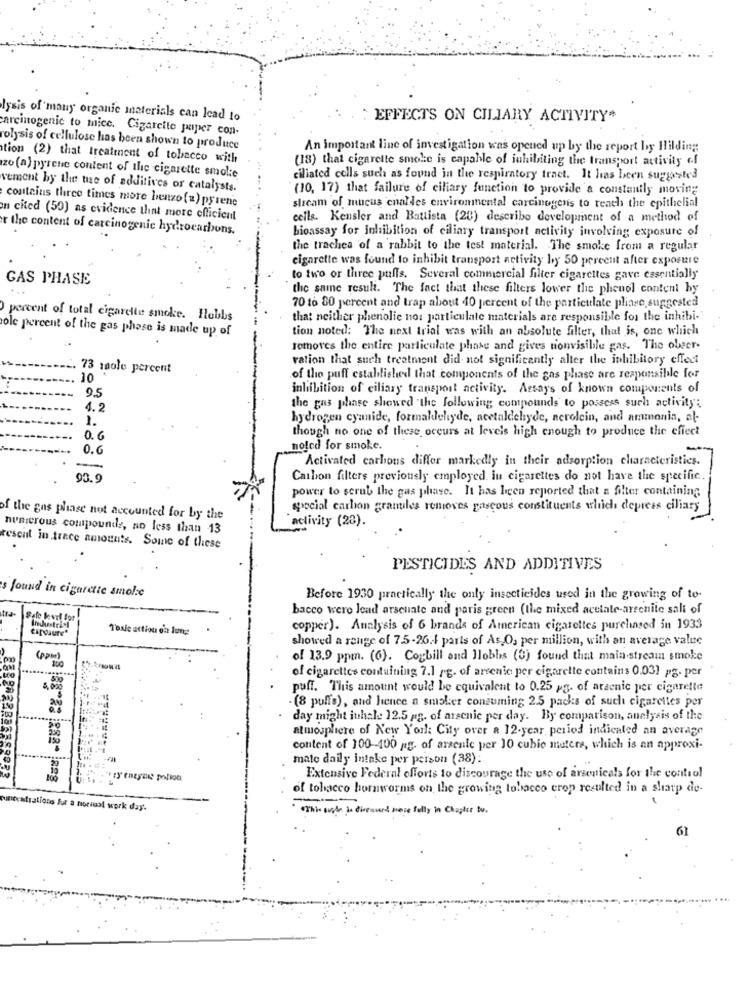
lysis of many organic materials can lead to
EFFECTS ON CILIARY ACTIVITY#
carcinogenic to mice. Cigarcite paper con-
olysis of cellulose has been shown to produce
An important line of investigation was opened up by the report by Hilding:
tion (2) that treatment of tobacco with
(18) that cigarette smoke is capable of inhibiting the transport activity of
zo (a) pyrene content of the cigarette smoke
ciliated cells such as found in the respiratory tract. It has been suggested
vement by the tie of additives or catalysts.
(10, 17) that failure of ciliary function to provide a constantly moving
contains three times more benzo(=) pyrene
stream of mucus enalles environmental carcinogens to reach the epithelial
an cited (50) as evidence that more efficient
cells. Kensler and Battista (28) describe development of a method of
r the content of carcinogenic hydrocarbons.
bioassay for inhibition of ciliary transport activity involving exposure of
the trachea of a rabbit to the test material. The smoke from a regular
cigarette was found to inhibit transport activity by 50 percent after exposure
GAS PHASE
to two or three pulls. Several commercial filter cigarettes gave essentially
the same resul. The fact that these filters lower the phenol content hy
70 to 80 percent and trap about 40 percent of the particulate plinse suggested
percent of total cigarette smoke. Hobbs
that neither phenolic no: particulate materials are responsible for the inhibi-
ole percent of the gas phase is made up of
tion noted: The next trial was with an absolute filter, that is, one which
temores the entire particulate phase and gives nonvisible gas. The obser-
ration that such treatment did not significantly alter the inhibitory effect
73 10ole percent
10
of the puff established that components of the gas phase are responsible for
9.5
inhibition of ciliary transport activity. Assays of known components of
4.2
the gas phase showed "the following compounds to possess such activity;
1.
hydrogen cyanide, formaldehyde, acetaldehyde, aerolcin, and ammonia, al-
though no one of these occurs at levels high enough to produce the effect
0.6
0.6
nolcd for smoke.
-
Activated carbons differ markedly in their adsorption characteristics.
--
90.9
Carbon filters previously employed in cigarettes do not have the specific.
power to scrub the gas phase. It has been reported that a filter containing
special carbon granules removes pascous constituents which depress ciliary
of the gas phase not accounted for by the
activity (28).
numerous compounds, no less than 13
rescit in trece amounts. Some of these
PESTICIDES AND ADDITIVES
s found in cigarette smolse
Before 1930 practically the only insecticides used in the growing of to-
bacco were lead arsenate and paris green (the mixed acetate-arrenite sali of
Toxic action on long:
copper). Analysis of 6 brands of American cigarettes purchased in 1933
showed a range of 7.5-26.4 parts of As,O, per million, with an average value
of 13.9 ppm. (6). Cogbill and Hobbs (3) found that main-stream smoke
of cigarettes containing 7.1 gg. of arsenic per cigarette contains 0.031 pg. per
puff. This amount would be equivalent to 0.25 pg. of arsenic per cigarette
(8 puffs), and hence a smoker consuming 2.5 packs of such cigarettes per
day might inhale 12.5 pg. of arsenic per day. By comparison, analysis of the
atmosphere of New Yorl: City over a 12.year period indicated an average
content of 100-400 g. of arsenle per 10 cubic meters, which is an approxi-
mate daily intake per person (38):
"ry enayant polion
Extensive Federal efforts to discourage the use of arsenicals for the control
of tobacco hornworms on the growing tobacco crop resulted in a sharp de-
puntentrations fur a noriuol work day.
This site is diewand more fully in Chapter tv .
61